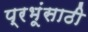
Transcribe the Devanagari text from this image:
प्रभूंसाठी